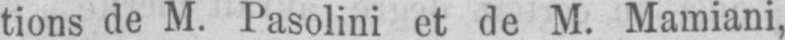
tions de M. Pasolini et de M. Mamiani,